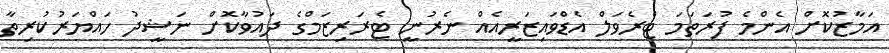
އަމާޒުކޮށް އެންމެ ފުރަތަމަ ޓްރެވަލް އެޑްވައިޒަރީއެއް ނެރުނީ ޓެރަރިޒަމްގެ ދައުވާކޮށް ނަޝީދު ހައްޔަރުކުރިތާ